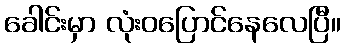
ခေါင်းမှာ လုံးဝပြောင်နေလေပြီ။